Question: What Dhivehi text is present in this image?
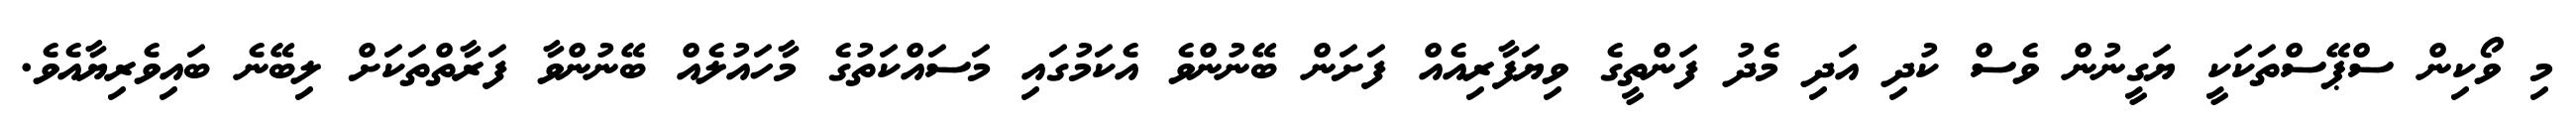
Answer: މި ވޯކިން ސްޕޭސްތަކަކީ ޔަގީނުން ވެސް ކުދި އަދި މެދު ފަންތީގެ ވިޔަފާރިއެއް ފަށަން ބޭނުންވެ އެކަމުގައި މަސައްކަތުގެ މާހައުލެއް ބޭނުންވާ ފަރާތްތަކަށް ލިބޭނެ ބައިވެރިޔާއެވެ.